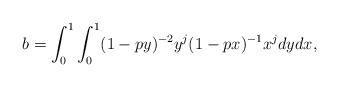
LaTeX: \begin{align*} & b = \int_0^{1} \int_0^{1} (1-py)^{-2} y^{j} (1-px)^{-1} x^{j} dy dx,\end{align*}